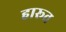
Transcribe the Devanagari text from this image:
हारूत